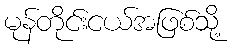
မုန်တိုင်းငယ်အဖြစ်သို့